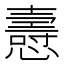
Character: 㦞